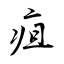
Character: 疽